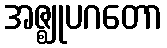
အဇ္ဈုပဂတော